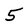
Character: 5